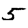
Digit: 5